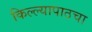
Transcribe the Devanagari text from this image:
किल्ल्यापाठचा